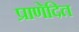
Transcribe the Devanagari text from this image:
प्राणेदित